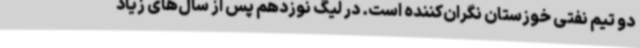
دو تیم نفتی خوزستان نگران‌کننده است. در لیگ نوزدهم پس از سال‌های زیاد